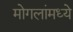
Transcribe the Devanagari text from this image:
मोगलांमध्ये